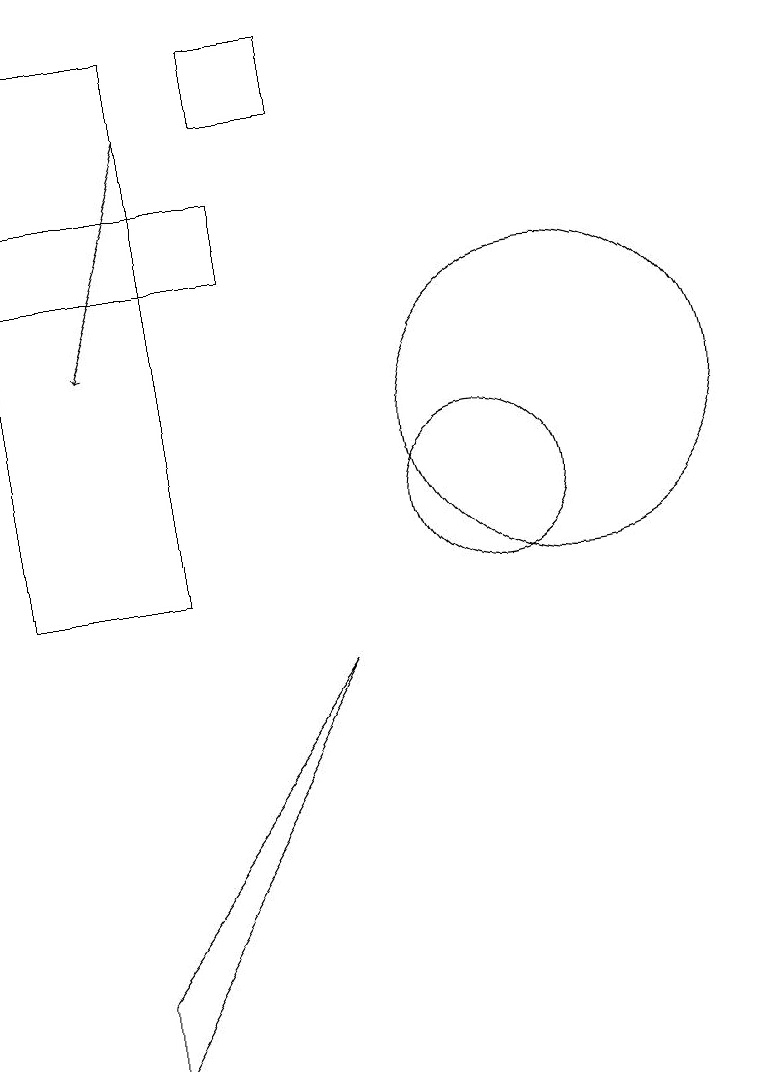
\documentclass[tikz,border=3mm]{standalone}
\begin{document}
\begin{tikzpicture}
\draw (7,17) rectangle (8,16);
\draw (10,11) circle (1);
\draw (11,10) circle (0);
\draw (11,12) circle (2);
\draw[->] (6,16) -- (5,13);
\draw (4,15) rectangle (7,14);
\draw (8,9) -- (5,4) -- (5,5) -- cycle;
\draw (4,17) rectangle (6,10);
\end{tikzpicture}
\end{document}